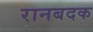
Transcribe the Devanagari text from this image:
रानबदक